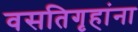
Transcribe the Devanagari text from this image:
वसतिगृहांना